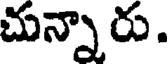
చున్నారు.